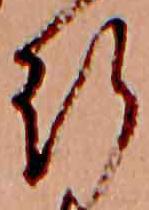
行